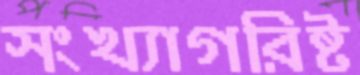
সংখ্যাগরিষ্ট